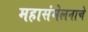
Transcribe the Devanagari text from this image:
महासंमेलनाचे